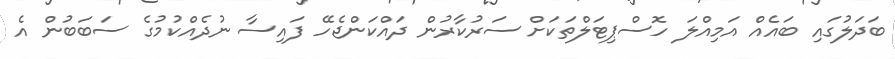
ބަދަލުގައި ބައެއް އަމިއްލަ ހޮސްޕިޓަލްތަކަށް ސަރުކާރުން ދައްކަންޖެހޭ ފައިސާ ނުދެއްކުމުގެ ސަބަބުން އެ